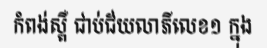
កំពង់ស្ពឺ ជាប់ជ័យលាភីលេខ១ ក្នុង